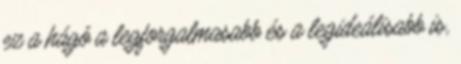
ez a hágó a legforgalmasabb és a legideálisabb is,